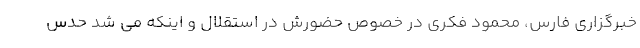
خبرگزاری فارس، محمود فکری در خصوص حضورش در استقلال و اینکه می شد حدس